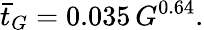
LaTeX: \bar{t}_{G}=0.035\, G^{0.64}.